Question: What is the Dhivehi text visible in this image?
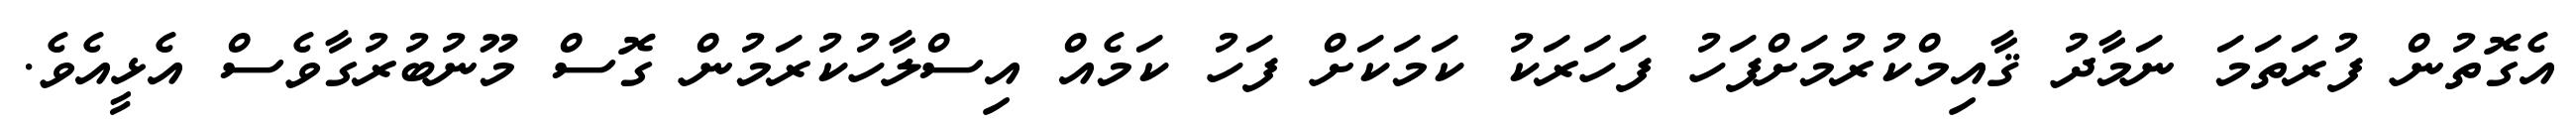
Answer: އެގޮތުން ފުރަތަމަ ނަމާދު ޤާއިމްކުރުމަށްފަހު ފަހަރަކު ކަމަކަށް ފަހު ކަމެއް އިސްލާހުކުރަމުން ގޮސް މޫނުބުރުގާވެސް އެޅީއެވެ.